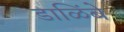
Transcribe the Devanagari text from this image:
डाळिंबे